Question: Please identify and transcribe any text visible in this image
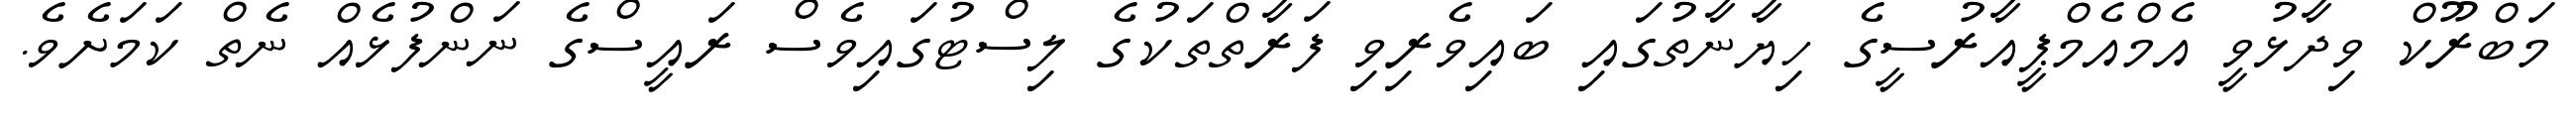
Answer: މަބްރޫކް ވިދާޅުވީ އެމްއެމްޕީއާރުސީގެ ހިޔާނާތުގައި ބައިވެރިވި ފަރާތްތަކުގެ ލިސްޓުގައިވެސް ރައީސްގެ ނަންފުޅެއް ނެތް ކަމަށެވެ.